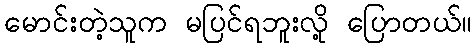
မောင်းတဲ့သူက မပြင်ရဘူးလို့ ပြောတယ်။